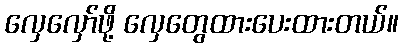
လှေလှော်ဖို့ လှေတွေထားပေးထားတယ်။